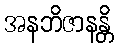
အနဘိဇာနန္တိ